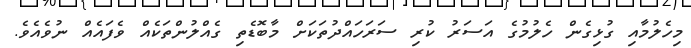
މިހެލުމާއި ގުޅިގެން ހެލުމުގެ އަސަރު ކުރި ސަރަހައްދުތަކަށް މާބޮޑެތި ގެއްލުންތަކެއް ވެފައެއް ނުވެއެވެ.